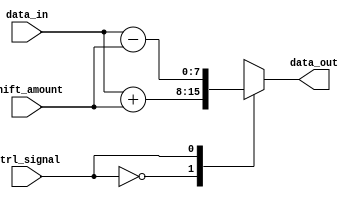
module barrel_shifter(
    input [7:0] data_in,
    input [2:0] shift_amount,
    input ctrl_signal,
    output reg [7:0] data_out
);

// Implementing arithmetic blocks at each node
always @*
begin
    case (ctrl_signal)
        3'b000 : data_out = data_in + shift_amount; //Addition
        3'b001 : data_out = data_in - shift_amount; //Subtraction
        // Add more specific arithmetic operations for other control signals if needed
        default: data_out = 8'b0; // Default to all zeros
    endcase
end

endmodule